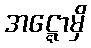
အဋ္ဋောမှိ